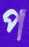
প